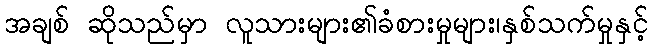
အချစ် ဆိုသည်မှာ လူသားများ၏ခံစားမှုများ၊နှစ်သက်မှုနှင့်